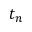
t _ { n }